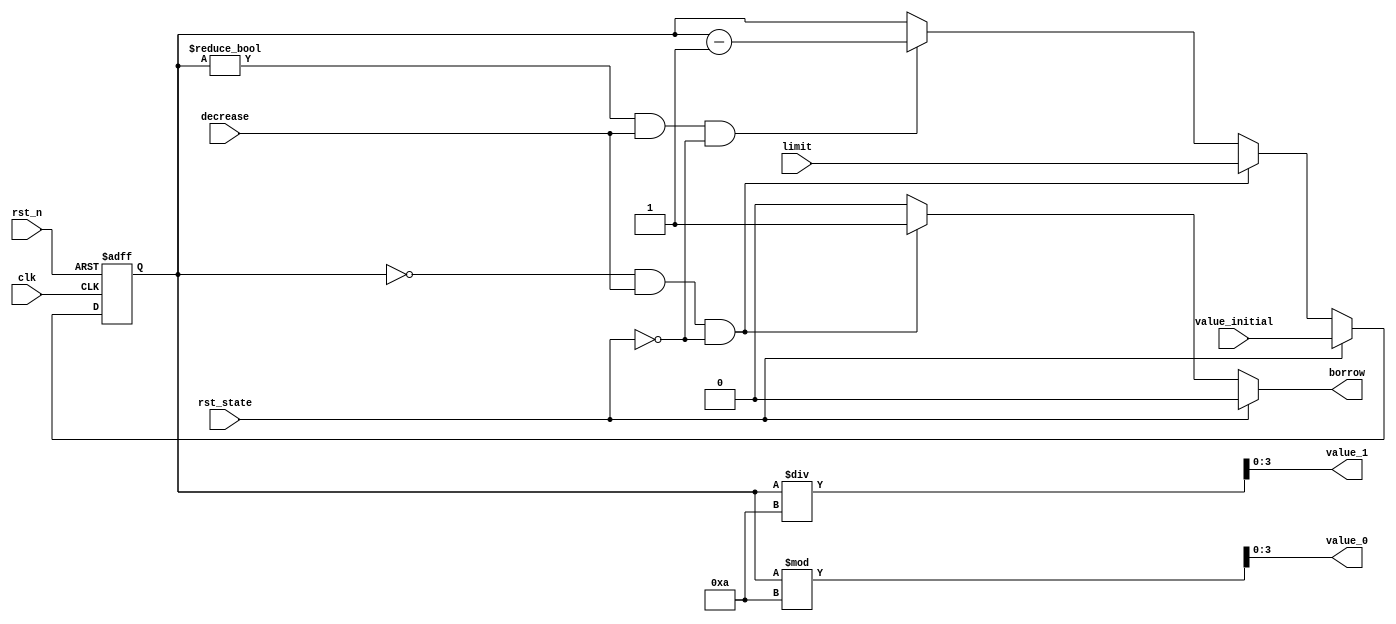
`timescale 1ns / 1ps

module down_counter(
    value_1,  //counter output
    value_0,
    value_initial,  //value after reset
    borrow, //borrow indicator
    clk,    //global clock
    rst_n,  //active low reset
    decrease,   //counter enable control
    limit,   //limit for the counter
    rst_state
);
output [3:0] value_1, value_0;
output borrow;
input [5:0] value_initial;
input [5:0] limit;
input decrease, rst_state;
input clk, rst_n;
reg [3:0] value_1, value_0;
reg [5:0] value, value_tmp;
reg borrow;

always @*
    if (rst_state == 1'b1) begin
        value_tmp = value_initial;
        borrow = 0;
    end
    else if (value == 6'd0 && decrease && rst_state == 1'b0)
    begin
        value_tmp = limit;
        borrow = 1;
    end
    else if (value != 6'd0 && decrease && rst_state == 1'b0)
    begin
        value_tmp = value - 6'd1;
        borrow = 0;
    end
    else
    begin
        value_tmp = value;
        borrow = 0;
    end

always @(posedge clk or negedge rst_n)
    if (~rst_n)
        value <= 6'd0;
    else
        value <= value_tmp;

//convert to two separate digits
always@*
begin
    value_1 = value / 10;
    value_0 = value % 10;
end
 
endmodule